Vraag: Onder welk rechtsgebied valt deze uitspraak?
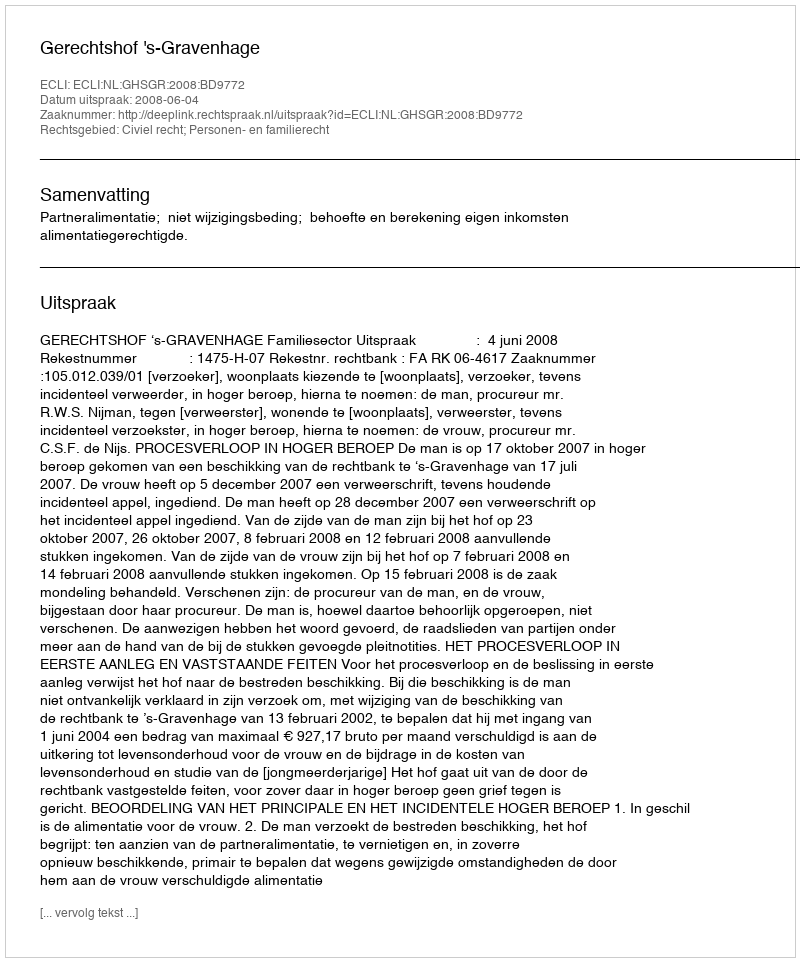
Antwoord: Civiel recht; Personen- en familierecht